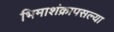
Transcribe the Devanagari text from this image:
भिमाशंक्रापसल्या